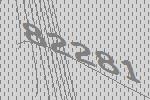
82281